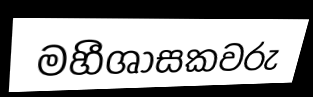
මහීශාසකවරු